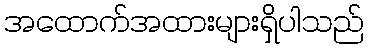
အထောက်အထားများရှိပါသည်